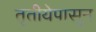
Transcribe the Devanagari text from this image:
तृतीयेपासून